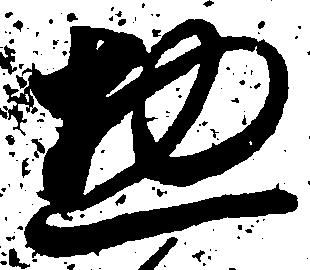
惣